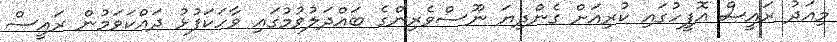
މިއަދު ރައީސް އޮފީހުގައި ކުރިއަށް ގެންދިޔަ ނޫސްވެރިންގެ ބައްދަލުވުމުގައި ވާހަކަފުޅު ދައްކަވަމުން ރައީސް